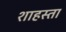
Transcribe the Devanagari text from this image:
शाहस्ता